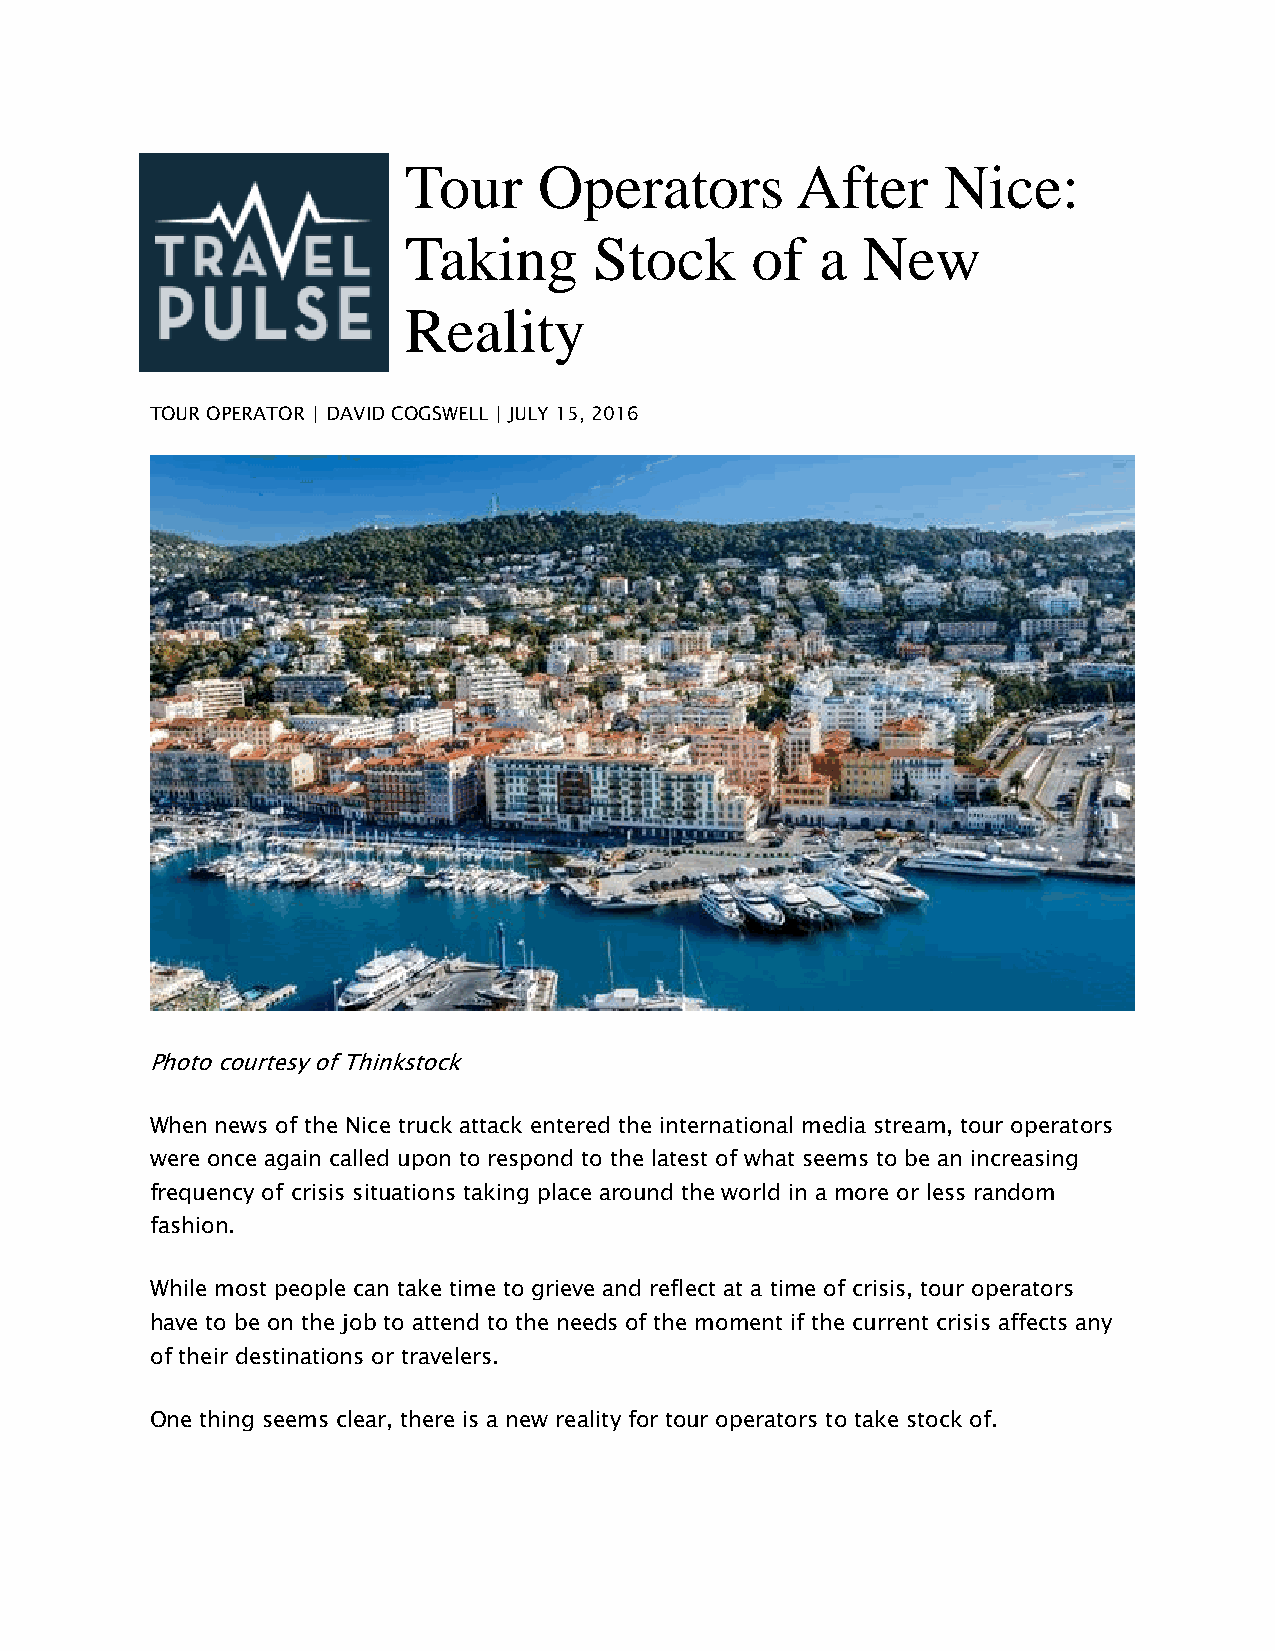
Tour     Operators        After    Nice:
 Taking      Stock      of  a  New
 Reality
 TOUR OPERATOR | DAVID COGSWELL | JULY 15, 2016
 Photo courtesy of Thinkstock
 When news of the Nice truck attack entered the international media stream, tour operators
 were once again called upon to respond to the latest of what seems to be an increasing
 frequency of crisis situations taking place around the world in a more or less random
 fashion.
 While most people can take time to grieve and reflect at a time of crisis, tour operators
 have to be on the job to attend to the needs of the moment if the current crisis affects any
 of their destinations or travelers.
 One thing seems clear, there is a new reality for tour operators to take stock of.